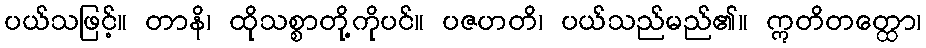
ပယ်သဖြင့်။ တာနိ၊ ထိုသစ္စာတို့ကိုပင်။ ပဇဟတိ၊ ပယ်သည်မည်၏။ ဣတိတတ္ထော၊